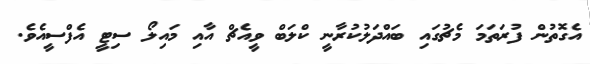
އެގޮތުން ފުރަތަމަ މެޗުގައި ބައްދަލުކުރާނީ ކްލަބް ވީއެޗް އާއި މައިލޯ ސިޓީ އެފްސީއެވެ.